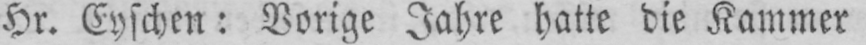
Hr. Eyschen: Vorige Jahre hatte die Kammer